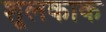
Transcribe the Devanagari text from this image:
शूलकाक